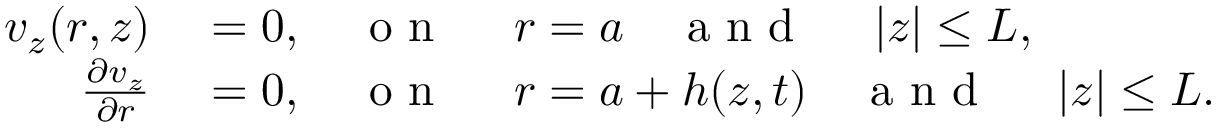
\begin{array} { r l } { v _ { z } ( r , z ) } & { { } = 0 , \quad \mathrm { ~ o ~ n ~ \ } \quad r = a \quad \mathrm { ~ a ~ n ~ d ~ \ } \quad | z | \leq L , } \\ { \frac { \partial v _ { z } } { \partial r } } & { { } = 0 , \quad \mathrm { ~ o ~ n ~ \ } \quad r = a + h ( z , t ) \quad \mathrm { ~ a ~ n ~ d ~ \ } \quad | z | \leq L . } \end{array}